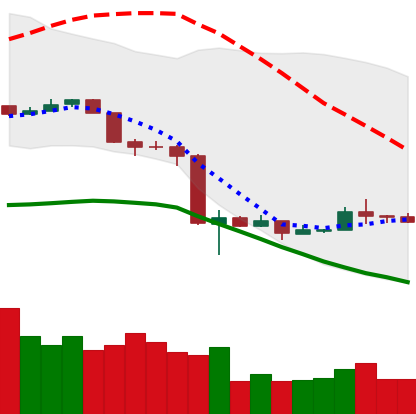
Ticker: NEO-USD
Chart end date: 2020-03-22
Forward return: 11.062%
Label: up_7plus